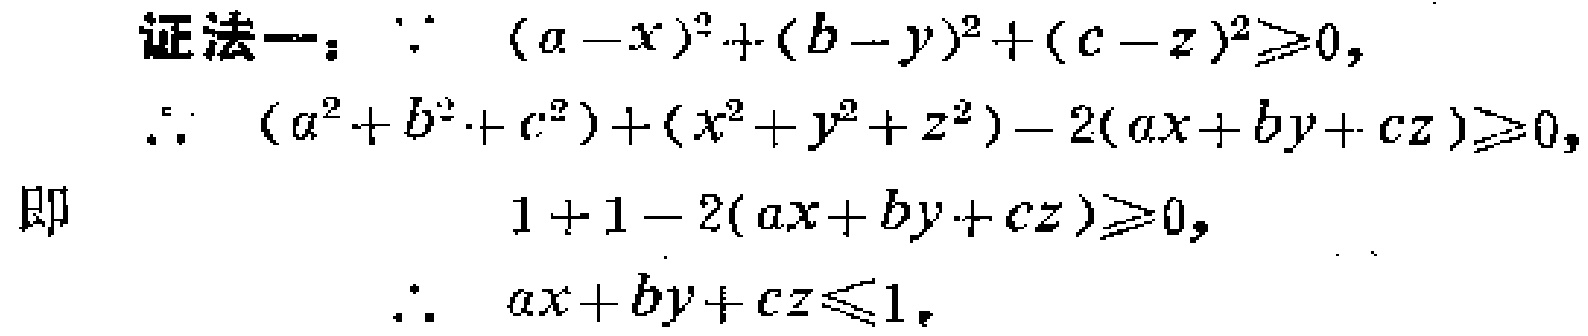
证法一：$\because (a - x)^2 + (b - y)^2 + (c - z)^2 \geq 0,$

$\therefore (a^2 + b^2 + c^2)+(x^2 + y^2 + z^2)-2(ax + by + cz)\geq 0,$

即

$1 + 1 - 2(ax + by + cz)\geq 0,$

$\therefore ax + by + cz\leq 1.$